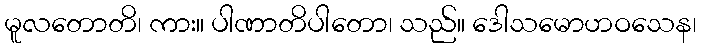
မူလတောတိ၊ ကား။ ပါဏာတိပါတော၊ သည်။ ဒေါသမောဟဝသေန၊